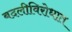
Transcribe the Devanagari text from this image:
बदलीविरोधात